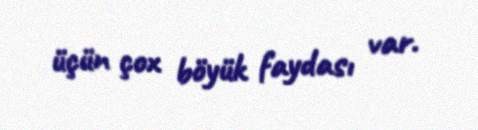
üçün çox böyük faydası var.